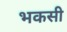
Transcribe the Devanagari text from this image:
भकसी